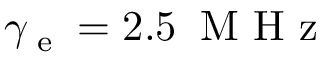
\gamma _ { \textrm { e } } = 2 . 5 \: \mathrm { \textrm { M H z } }